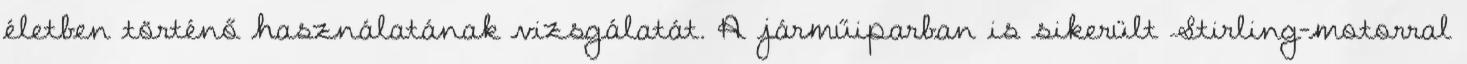
életben történő használatának vizsgálatát. A járműiparban is sikerült Stirling-motorral